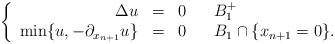
\begin{align*}\left\{\begin{array}{rclll}\Delta u & = & 0 & & B_1^+\\\min\{u,-\partial_{x_{n+1}} u\} & = & 0 & & B_1\cap\{x_{n+1} = 0\}.\end{array}\right.\end{align*}